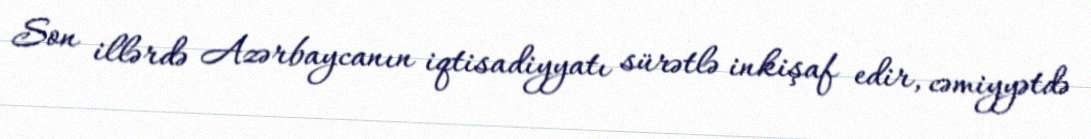
Son illərdə Azərbaycanın iqtisadiyyatı sürətlə inkişaf edir, cəmiyyətdə